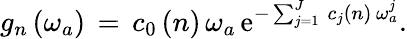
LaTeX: g_{n}\left(\omega_{a}\right)\, =\, c_{0}\left(n\right)\, \omega_{a}\, \mathrm{e}^{-\sum_{j=1}^{J}\, c_{j}\left(n\right)\, \omega_{a}^{j}}.